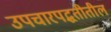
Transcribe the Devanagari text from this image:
उपचारपद्धतीतील